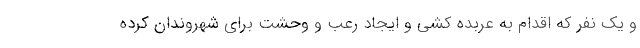
و یک نفر که اقدام به عربده کشی و ایجاد رعب و وحشت برای شهروندان کرده